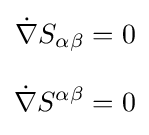
{\begin{aligned}{\dot {\nabla }}S_{\alpha \beta }&=0\\[8pt]{\dot {\nabla }}S^{\alpha \beta }&=0\end{aligned}}